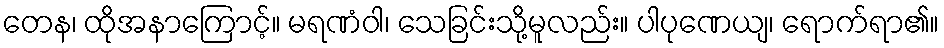
တေန၊ ထိုအနာကြောင့်။ မရဏံဝါ၊ သေခြင်းသို့မူလည်း။ ပါပုဏေယျ၊ ရောက်ရာ၏။